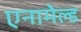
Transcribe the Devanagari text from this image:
एनामेल्ड